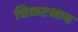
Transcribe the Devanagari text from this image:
चिकटश्राव